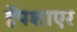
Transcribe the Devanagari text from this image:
हैंपशाएर